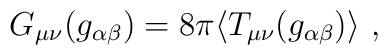
G_{\mu\nu}(g_{\alpha\beta})=8\pi\langle T_{\mu\nu}(g_{\alpha\beta})\rangle \ ,